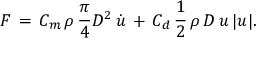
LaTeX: F \, = \, C _ { m } \, \rho \, { \frac { \pi } { 4 } } D ^ { 2 } \, { \dot { u } } \, + \, C _ { d } \, { \frac { 1 } { 2 } } \, \rho \, D \, u \, | u | .